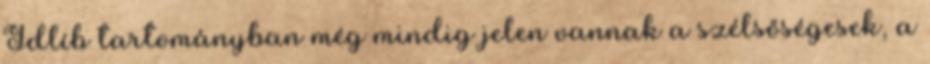
Idlíb tartományban még mindig jelen vannak a szélsőségesek, a